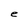
Character: e